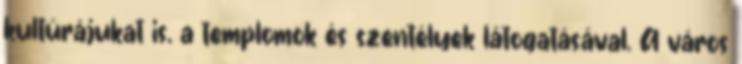
kultúrájukat is, a templomok és szentélyek látogatásával. A város